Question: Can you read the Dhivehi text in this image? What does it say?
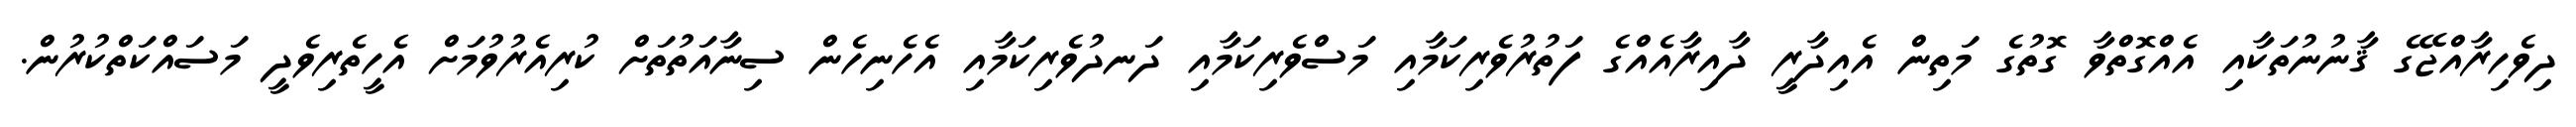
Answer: ދިވެހިރާއްޖޭގެ ޤާނުނުތަކާއި އެއްގޮތްވާ ގޮތުގެ މަތިން އެއިދާރީ ދާއިރާއެއްގެ ފަތުރުވެރިކަމާއި މަސްވެރިކަމާއި ދަނދުވެރިކަމާއި އެހެނިހެން ސިނާއަތުތަށް ކުރިއެރުވުމަށް އެހީތެރިވެދީ މަސައްކަތްކުރުން.